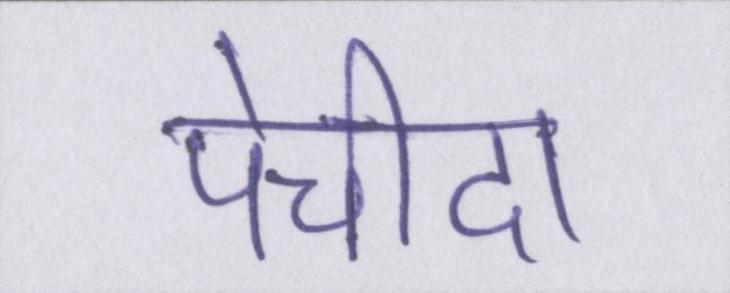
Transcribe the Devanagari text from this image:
पेचीदा